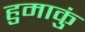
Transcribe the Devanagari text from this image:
हुमाकुं